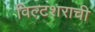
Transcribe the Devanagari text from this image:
विल्टशराची